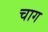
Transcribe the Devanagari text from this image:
चाग